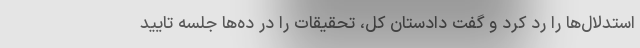
استدلال‌ها را رد کرد و گفت دادستان کل، تحقیقات را در ده‌ها جلسه تایید